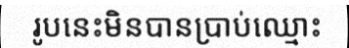
រូបនេះមិនបានប្រាប់ឈ្មោះ